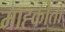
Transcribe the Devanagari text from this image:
माह्कोता